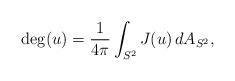
LaTeX: \begin{align*} \deg (u)=\frac{1}{4\pi} \int_{S^2} J(u) \, dA_{S^2},\end{align*}